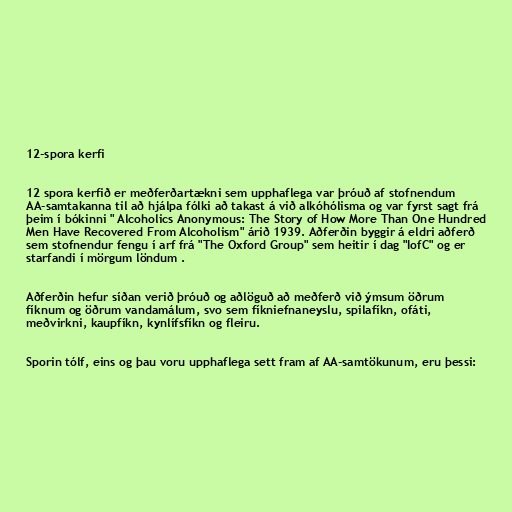
12-spora kerfi

12 spora kerfið er meðferðartækni sem upphaflega var þróuð af stofnendum
AA-samtakanna til að hjálpa fólki að takast á við alkóhólisma og var fyrst sagt frá
þeim í bókinni " Alcoholics Anonymous: The Story of How More Than One Hundred
Men Have Recovered From Alcoholism" árið 1939. Aðferðin byggir á eldri aðferð
sem stofnendur fengu í arf frá "The Oxford Group" sem heitir í dag "IofC" og er
starfandi í mörgum löndum .

Aðferðin hefur síðan verið þróuð og aðlöguð að meðferð við ýmsum öðrum
fíknum og öðrum vandamálum, svo sem fíkniefnaneyslu, spilafíkn, ofáti,
meðvirkni, kaupfíkn, kynlífsfíkn og fleiru.

Sporin tólf, eins og þau voru upphaflega sett fram af AA-samtökunum, eru þessi: